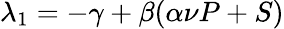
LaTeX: \lambda_{1}=-\gamma+\beta(\alpha\nu P+S)